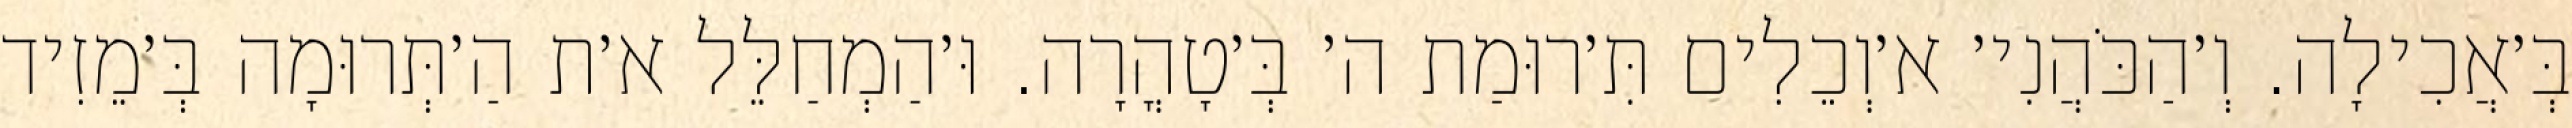
בְּ׳אֲכִילָה. וְ׳הַכֹּהֲנִי׳ א׳וְכֵלִים תִּ׳רוּמַת ה׳ בְּ׳טָהֳרָה. וּ׳הַמְחַלֵּל א׳ת הַ׳תְּרוּמָה בְּ׳מֵזִיד